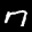
Label: 7